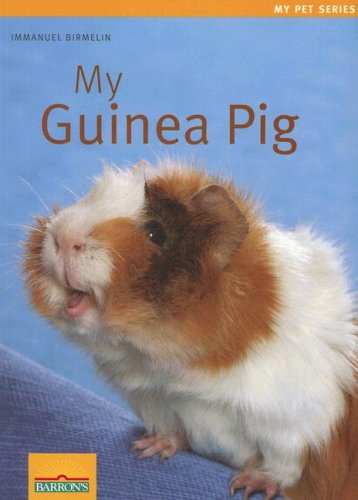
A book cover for My Guinea Pig (My Pet Series); Immanuel Birmelin; Crafts, Hobbies & Home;